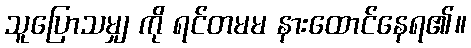
သူပြောသမျှ ကို ရင်တမမ နားထောင်နေရ၏။